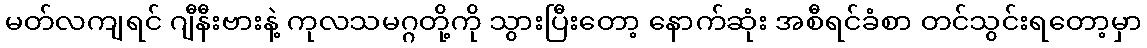
မတ်လကျရင် ဂျီနီးဗားနဲ့ ကုလသမဂ္ဂတို့ကို သွားပြီးတော့ နောက်ဆုံး အစီရင်ခံစာ တင်သွင်းရတော့မှာ